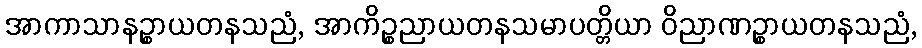
အာကာသာနဉ္စာယတနသညံ, အာကိဉ္စညာယတနသမာပတ္တိယာ ဝိညာဏဉ္စာယတနသညံ,